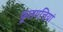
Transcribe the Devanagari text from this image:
फूलपत्तियां